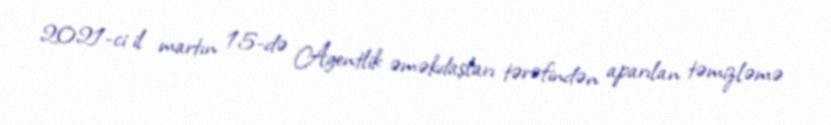
2021-ci il martın 15-də Agentlik əməkdaşları tərəfindən aparılan təmizləmə